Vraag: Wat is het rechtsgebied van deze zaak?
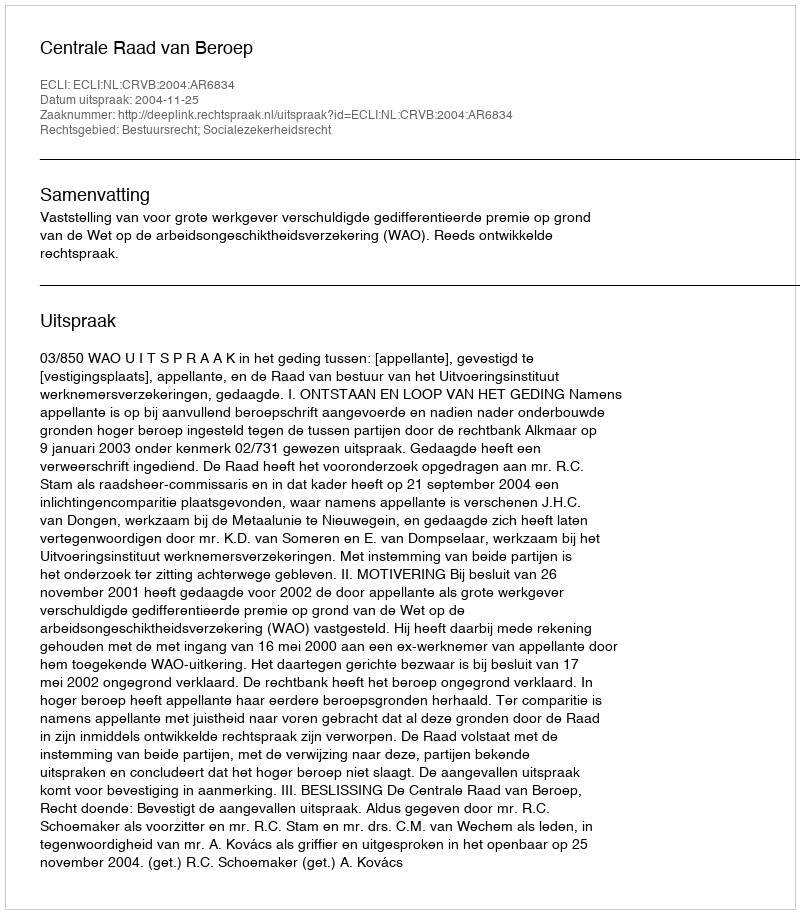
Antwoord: Bestuursrecht; Socialezekerheidsrecht